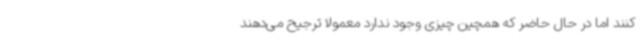
کنند اما در حال حاضر که همچین چیزی وجود ندارد معمولاً ترجیح می‌دهند